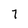
Character: 7